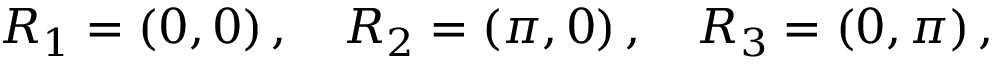
R _ { 1 } = \left( 0 , 0 \right) , \quad R _ { 2 } = \left( \pi , 0 \right) , \quad R _ { 3 } = \left( 0 , \pi \right) ,